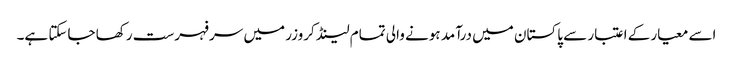
اسے معیار کے اعتبار سے پاکستان میں درآمد ہونے والی تمام لینڈ کروزر میں سرفہرست رکھا جاسکتا ہے۔